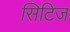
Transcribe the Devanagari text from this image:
सिटिज